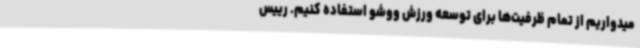
میدواریم از تمام ظرفیت‌ها برای توسعه ورزش ووشو استفاده کنیم. رییس